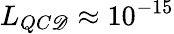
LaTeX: L_{QC\mathscr{D}}\approx10^{-15}